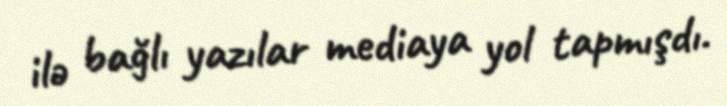
ilə bağlı yazılar mediaya yol tapmışdı.